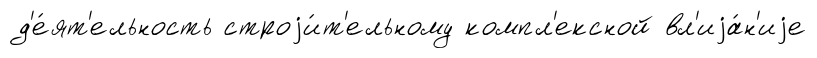
д'е́ят'ельность строjи́т'ельному компл'ексной вл'иjа́н'иjе